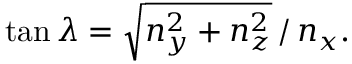
\tan \lambda = \sqrt { n _ { y } ^ { 2 } + n _ { z } ^ { 2 } } \, / \, n _ { x } .